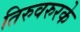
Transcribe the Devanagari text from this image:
तिरुवरुरके